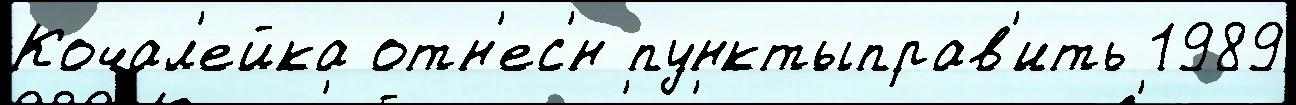
Кочал'ейка отн'ес'́н пунктыправ'ить 1989